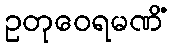
ဥတုဝေရမဏိံ